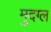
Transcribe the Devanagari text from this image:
मुदग्ल